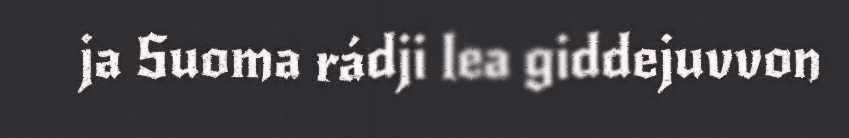
ja Suoma rádji lea giddejuvvon